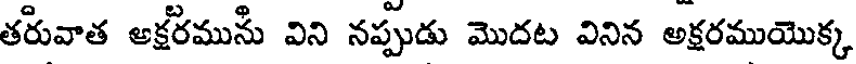
తరువాత అక్షరముసీ విని నప్పుడు మొదట వినిన అక్షరముయొక్క